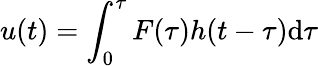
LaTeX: u(t)=\int_{0}^{\tau}F(\tau)h(t-\tau)\mathrm{d}\tau